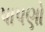
પાપણો